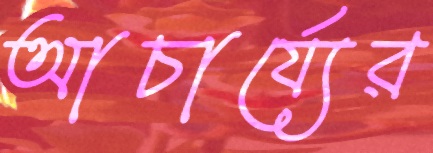
আচার্য্যের